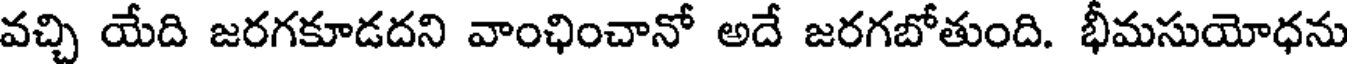
వచ్చి యేది జరగకూడదని వాంఛించానో అదే జరగబోతుంది. భీమసుయోధను